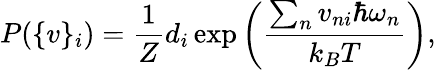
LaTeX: P(\{ v\} _{i})=\frac{1}{Z}d_{i}\exp\left(\frac{\sum_{n}v_{ni}\hbar\omega_{n}}{k_{B}T}\right),